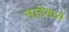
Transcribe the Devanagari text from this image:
माहेमध्ये